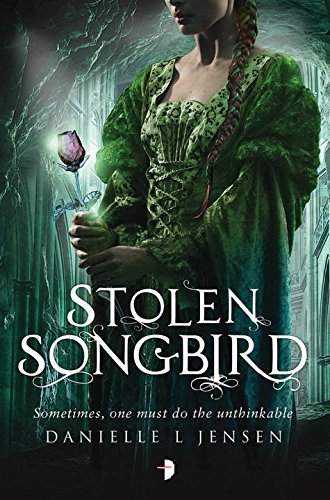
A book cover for Stolen Songbird: Malediction Trilogy Book One; Danielle L. Jensen; Teen & Young Adult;